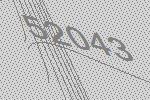
52043